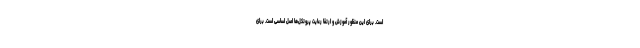
است. برای این منظور آموزش و ارتقا رعایت پروتکل‌ها اصل اساسی است. برای